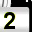
Digit: 2